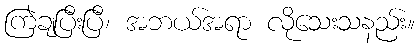
ကြဲချပြီးပြီ၊ အဘယ်အရာ လိုသေးသနည်း။